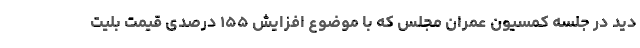
دید در جلسه کمسیون عمران مجلس که با موضوع افزایش ۱۵۵ درصدی قیمت بلیت